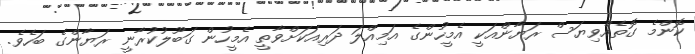
ކޮންމެ ގޮތެއްވިޔަސް ރަޔާންއަކީ އެމީހުންގެ އަމިއްލަ ދަރިއަކަށްވާތީ އެމީހުން ގަބޫލުކުރާނީ ރަޔާންގެ ބަހެވެ.